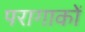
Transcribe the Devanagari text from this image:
परागाकों